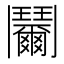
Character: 𩰞